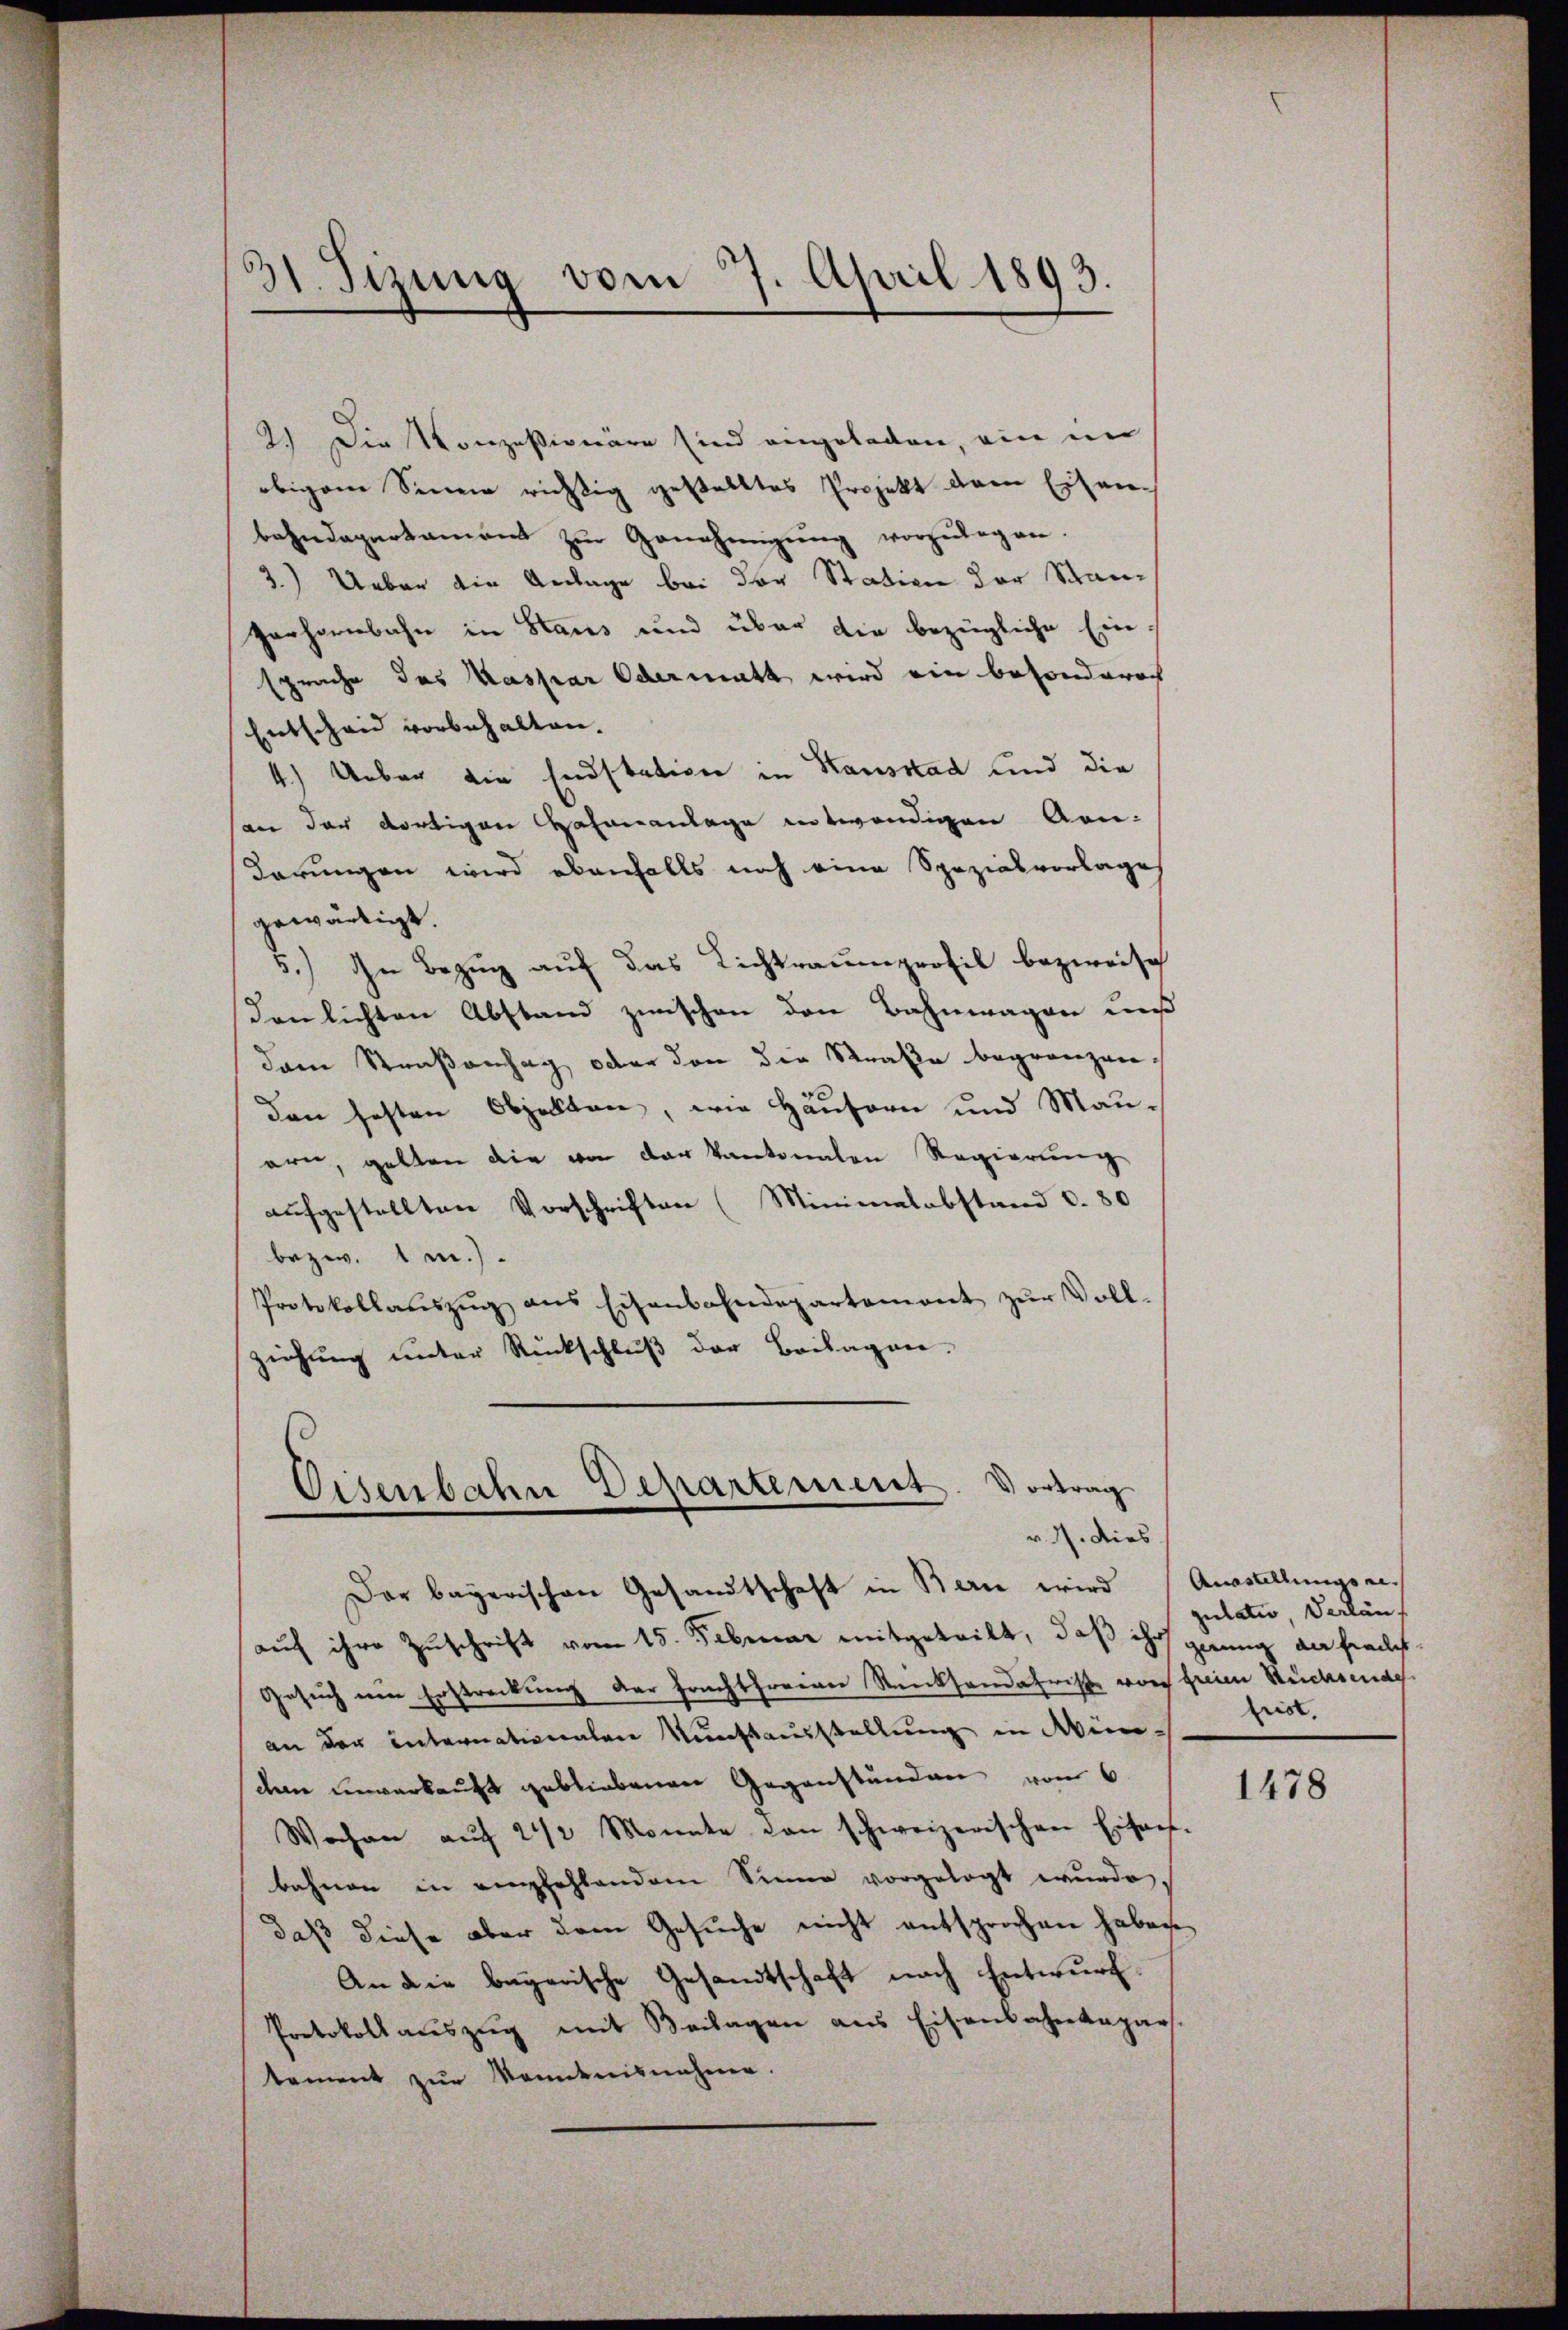
6
dt. Sizung vom 7. April 1893.

2.) Die Konzessionäre sind angeladen, ein in
obigem Sinne richtig gestelltes Projekt dem Eisenbahndepartament zŭr Genehmigŭng vorzŭlegen.
3.) Ueber die Anlage bei der Station der Stanzarhornbahn in Staus und über die bezügliche Einsprache das Kaspar Odermatt wird ein besonderech
Entschaid vorbehalten.
4.) Ueber die Endstation in Kausstad und die
an der dortigen Hasenanlage entwendigen An-
derungen wird ebenfalls noch eine Spezialvorlages
gewärtigt.
5.) In Bezug auf das Lichtraumprofil bezweife
denlichten Abstand zwischen den Bahnwagen uns
dann Straßenhag oder den die Straße begrenzenden festen Objekten, wie Häusern und Mauern, gelten die von der Kantonalen Regierung
aufgestellten Vorschriften (Minimalabstand c. 80
bezw. 1m.).
Protokollaŭszŭg ans Eisenbahndepartement zŭr Voll-
ziehung unter Rückschluß der Beilagen-

Eisenbahn Departement. Vortrag
v. M. dies
Der bayerischen Gesandtschaft in Bern wird (Ausstellungsei

aŭf ihre Zuschrift vom 15. Februar mitgeteilt, daß ihr gerung an frais¬
Gesuch ein Erstreckung der Frachtfreien Rücksendafrist von freien Stücksende
an der Internationalen Kunstausstellung in Windem unverkauft gebliebenen Gegenständen von 6
Wochen aŭf 2 1/2 Monate von schweizerischen Eisach-
bahnen in empfehlendem Sinner vorgelegt wurde.
daß diese aber dem Gesuche nicht entsprochen haben,
An die bayerische Gesandtschaft nach Entwurf.
Protokoll auszug mit Beilagen aus Eisenbahnangars.
tement zŭr Kenntnisnahme.

gulativ Verläuf
frist.

1478